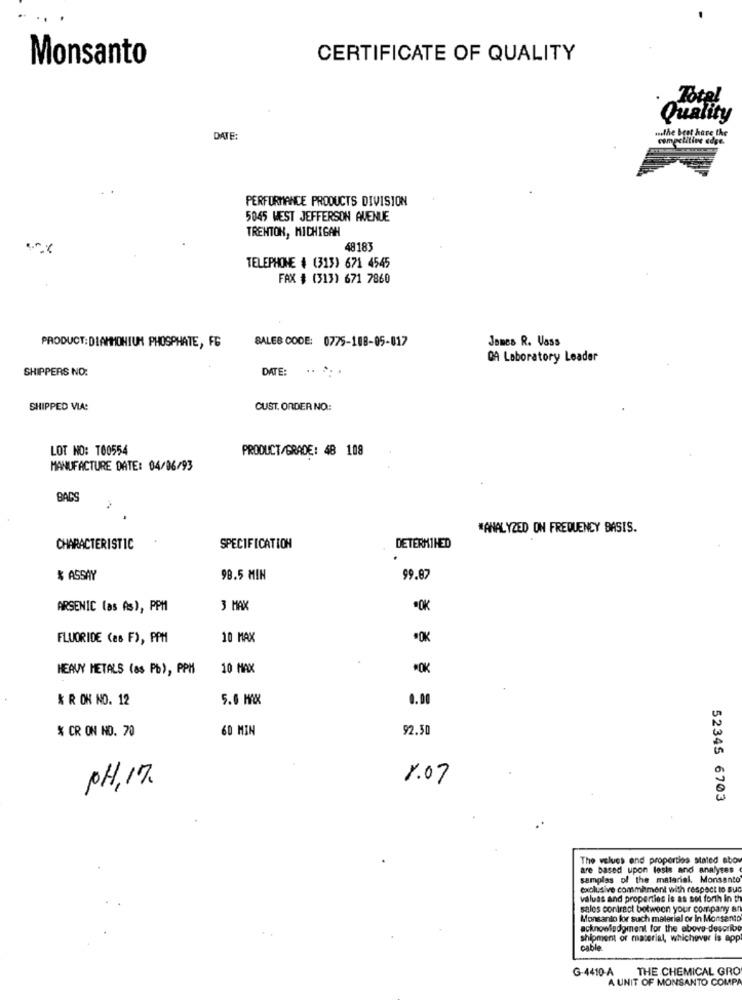
Monsanto
CERTIFICATE OF QUALITY
.Total
Quality
DATE:
withe Best have the
competitive edge.
PERFORMANCE PRODUCTS DIVISION
5045 WEST JEFFERSON AVENUE
TRENTON, MICHIGAN
48183
TELEPHONE # (313) 671 4545
FAX # (313) 671 7860
SALES CODE: 0775-108-05-017
Jones R. Vass
PRODUCT: DIAMMONIUM PHOSPHATE, FG
QA Laboratory Leader
SHIPPERS NO:
DATE: .. ..
SHIPPED VIA:
CUST. ORDER NO:
LOT NO: T00554
PRODUCT/GRADE: 48 108
MANUFACTURE DATE: 04/06/93
BACS
"ANALYZED ON FREQUENCY BASIS.
CHARACTERISTIC
SPECIFICATION
DETERMINED
$ ASSAY
98.5 MIN
99.87
ARSENIC las As), PPM
3 MAX
FLUORIDE (as F), PPM
10 MAX
*OK
HEAVY METALS (as Pb), PPH
10 MAX
*OK
& R OK NO. 12
5.6 MAX
0.00
% CR ON NO. 70
60 MIN
92.50
1.07
PH, 17.
52345 6703
The values and properties stated abov
are based upon lesis and analyses
samples of the material. Monsanto
exclusive commament with respect to sue
valuas and properties is as sot forth In th
sales contract between your company an
Monsanto for such material or In Monsanto
acknowledgment for the above-describe
shipment of material, whichever is app
cable
G-4410-A
THE CHEMICAL GRO
A UNIT OF MONSANTO COMPA